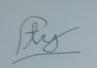
Signature authenticity: forged